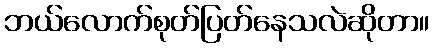
ဘယ်လောက်စုတ်ပြတ်နေသလဲဆိုတာ။